Papers set at the Examination for Leaving Certificates, 1894
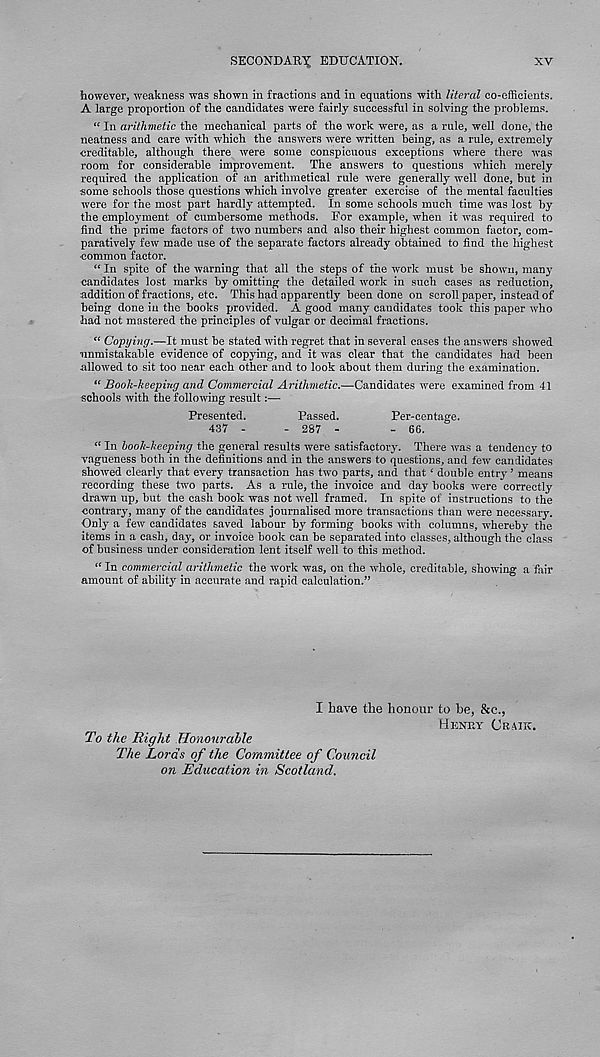
SECONDAUX EDUCATION.
XV
however, weakness was shown in fractions and in equations with literal co-efficients.
A large proportion of the candidates were fairly successful in solving the problems.
“ In arithmetic the mechanical parts of the work were, as a rule, well done, the
neatness and care with which the answers were written being, as a rule, extremely
creditable, although there were some conspicuous exceptions where there was
room for considerable improvement. The answers to questions which merely
required the application of an arithmetical rule were generally well done, but in
some schools those questions which involve greater exercise of the mental faculties
were for the most part hardly attempted. In some schools much time was lost by
the employment of cumbersome methods. For example, when it was required to
find the prime factors of two numbers and also their highest common factor, com-
paratively few made use of the separate factors already obtained to find the highest
common factor.
“ In spite of the warning that all the steps of the work must be shown, manj'
candidates lost marks by omitting the detailed work in such cases as reduction,
addition of fractions, etc. This had apparently been done on scroll paper, instead of
being done in the books provided. A good many candidates took this paper who
■ had not mastered the principles of vulgar or decimal fractions.
“ Copying.—It must be stated with regret that in several cases the answers showed
unmistakable evidence of copying, and it was clear that the candidates had been
allowed to sit too near each other and to look about them during the examination.
“ Book-keeping and Commercial Arithmetic.—Candidates were examined from 41
schools with the following result:—
Presented.
Passed.
Per-centage.
437 -
- 287 -
- 66.
“ In book-keeping the general results were satisfactory. There was a tendency to
vagueness both in the definitions and in the answers to questions, and few candidates
showed clearly that every transaction has two parts, and that ‘ double entry ’ means
recording these two parts. As a rule, the invoice and day books tvere correctly
drawn up, but the cash book was not well framed. In spite of instructions to the
contrary, many of the candidates journalised more transactions than were necessary.
Only a few candidates saved labour by forming books with columns, whereby the
items in a cash, day, or invoice book can be separated into classes, although the class
of business under consideration lent itself well to this method.
“ In commercial arithmetic the work was, on the -whole, creditable, showing a fair
amount of ability in accurate and rapid calculation.”
I have the honour to be, &c.,
HKNEY (JRMK.
To the Right Honourable
The Lords of the Committee of Council
on Education in Scotland.